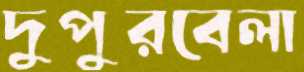
দুপুরবেলা